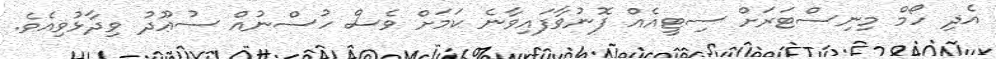
އެދި ހޯމް މިނިސްޓަރަށް ސިޓީއެއް ފޮނުވާފައިވާނެ ކަމަށް ވެސް ހުސްނުއް ސުޢޫދު ވިދާޅުވިއެވެ.